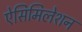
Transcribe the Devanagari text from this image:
ऐसिमिलेशन